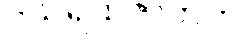
ဒသရထဇာတက